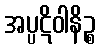
အပ္ပဋိဝါနိဉ္စ